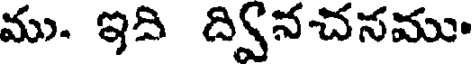
ము. ఇది ద్వినచసము